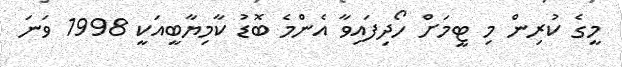
މީގެ ކުރިން މި ޓީމަށް ހޯދިފައިވާ އެންމެ ބޮޑު ކާމިޔާބީއަކީ 1998 ވަނަ